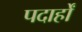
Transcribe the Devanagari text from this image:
पदार्हों